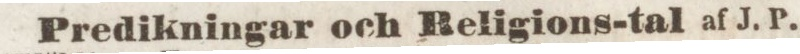
Predikningar och Religions-tal af J. P.